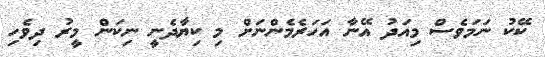
ކޭކު ނަމަވެސް މިއަދު އޭނާ އަހަރެމެންނަށް މި ކިޔާދެނީ ނިކަން މީރު ދިވެހި